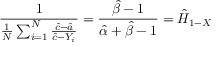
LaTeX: { \frac { 1 } { { \frac { 1 } { N } } \sum _ { i = 1 } ^ { N } { \frac { { \hat { c } } - { \hat { a } } } { { \hat { c } } - Y _ { i } } } } } = { \frac { { \hat { \beta } } - 1 } { { \hat { \alpha } } + { \hat { \beta } } - 1 } } = { \hat { H } } _ { 1 - X }